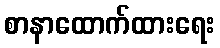
စာနာထောက်ထားရေး